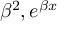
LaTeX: \beta ^ { 2 } , e ^ { \beta x }